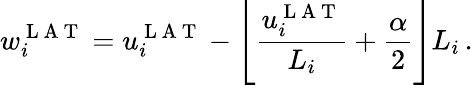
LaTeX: w_{i}^{\mathrm{~L~A~T~}}=u_{i}^{\mathrm{~L~A~T~}}-\left\lfloor\frac{u_{i}^{\mathrm{~L~A~T~}}}{L_{i}}+\frac{\alpha}{2}\right\rfloor L_{i}\, .